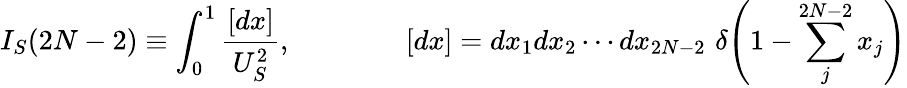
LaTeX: I_{S}(2N-2)\equiv\int_{0}^{1}\frac{[dx]}{U_{S}^{2}},\qquad\qquad[dx]=dx_{1}dx_{2}\cdots dx_{2N-2}\, \, \delta\! \left(1-\sum_{j}^{2N-2}x_{j}\right)